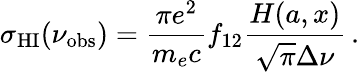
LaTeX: \sigma_{\mathrm{HI}}(\nu_{\mathrm{obs}})=\frac{\pi e^{2}}{m_{e}c}f_{12}\frac{H(a,x)}{\sqrt{\pi}\Delta\nu}\, .